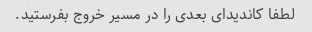
لطفا کاندیدای بعدی را در مسیر خروج بفرستید.